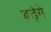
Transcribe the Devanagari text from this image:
बढ़ेगे